Calcutta medical institutions reports 1871-78
Year: 1871
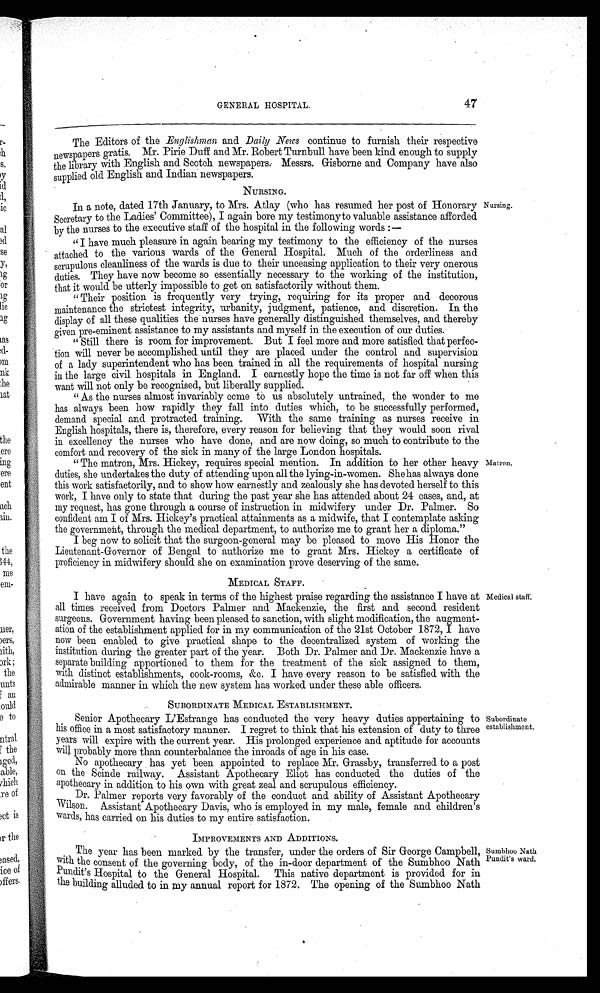
47
GENERAL HOSPITAL.
The Editors of the Englishman and Daily News continue to furnish their respective
newspapers gratis. Mr. Pirie Duff and Mr. Robert Turnbull have been kind enough to supply
the library with English and Scotch newspapers. Messrs. Gisborne and Company have also
supplied old English and Indian newspapers.
NURSING.
In a note, dated 17th January, to Mrs. Atlay (who has resumed her post of Honorary
Secretary to the Ladies' Committee), I again bore my testimony to valuable assistance afforded
by the nurses to the executive staff of the hospital in the following words : —
" I have much pleasure in again bearing my testimony to the efficiency of the nurses
attached to the various wards of the General Hospital. Much of the orderliness and
scrupulous cleanliness of the wards is due to their unceasing application to their very onerous
duties. They have now become so essentially necessary to the working of the institution,
that it would be utterly impossible to get on satisfactorily without them.
"Their position is frequently very trying, requiring for its proper and decorous
maintenance the strictest integrity, urbanity, judgment, patience, and discretion. In the
display of all these qualities the nurses have generally distinguished themselves, and thereby
given pre-eminent assistance to my assistants and myself in the execution of our duties.
"Still there is room for improvement. But I feel more and more satisfied that perfec-
tion will never be accomplished until they are placed under the control and supervision
of a lady superintendent who has been trained in all the requirements of hospital nursing
in the large civil hospitals in England. I earnestly hope the time is not far off when this
want will not only be recognised, but liberally supplied.
_ _
_ _ _
_ _
"As the nurses almost invariably come to us absolutely untrained, the wonder to me
has always been how rapidly they fall into duties which, to be successfully performed,
demand special and protracted training. With the same training as nurses receive in
English hospitals, there is, therefore, every reason for believing that they would soon rival
in excellency the nurses who have done, and are now doing, so much to contribute to the
comfort and recovery of the sick in many of the large London hospitals.
"The matron, Mrs. Hickey, requires special mention. In addition to her other heavy
duties, she undertakes the duty of attending upon all the lying-in-women. She has always done
this work satisfactorily, and to show how earnestly and zealously she has devoted herself to this
work, I have only to state that during the past year she has attended about 24 cases, and, at
my request, has gone through a course of instruction in midwifery under Dr. Palmer. So
confident am I of Mrs. Hickey's practical attainments as a midwife, that I contemplate asking
the government, through the medical department, to authorize me to grant her a diploma."
I beg now to solicit that the surgeon-general may be pleased to move His Honor the
Lieutenant-Governor of Bengal to authorize me to grant Mrs. Hickey a certificate of
proficiency in midwifery should she on examination prove deserving of the same.
MEDICAL STAFF.
I have again to speak in terms of the highest praise regarding the assistance I have at
all times received from Doctors Palmer and Mackenzie, the first and second resident
surgeons. Government having been pleased to sanction, with slight modification, the augment-
ation of the establishment applied for in my communication of the 21st October 1872, I have
now been enabled to give practical shape to the decentralized system of working the
institution during the greater part of the year. Both Dr. Palmer and Dr. Mackenzie have a
separate building apportioned to them for the treatment of the sick assigned to them,
with distinct establishments, cook-rooms, &c, I have every reason to be satisfied with the
admirable manner in which the new system has worked under these able officers.
SUBORDINATE MEDICAL ESTABLISHMENT.
Senior Apothecary L'Estrange has conducted the very heavy duties appertaining to
his office in a most satisfactory manner. I regret to think that his extension of duty to three
years will expire with the current year. His prolonged experience and aptitude for accounts
will probably more than counterbalance the inroads of age in his case.
No apothecary has yet been appointed to replace Mr. Grassby, transferred to a post
on the Scinde railway. Assistant Apothecary Eliot has conducted the duties of the
apothecary in addition to his own with great zeal and scrupulous efficiency.
Dr. Palmer reports very favorably of the conduct and ability of Assistant Apothecary
Wilson. Assistant Apothecary Davis, who is employed in my male, female and children's
wards, has carried on his duties to my entire satisfaction.
IMPROVEMENTS AND ADDITIONS.
The year has been marked by the transfer, under the orders of Sir George Campbell,
with the consent of the governing body, of the in-door department of the Sumbhoo Nath
Pundit's Hospital to the General Hospital. This native department is provided for in
the building alluded to in my annual report for 1872. The opening of the Sumbhoo Nath
Nursing.
Matron.
Medical staff..
Subordinate
establishment.
Sumbhoo Nath
Pundit's ward.